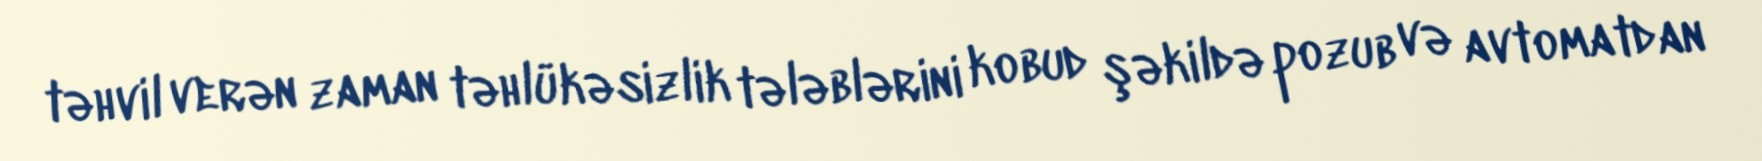
təhvil verən zaman təhlükəsizlik tələblərini kobud şəkildə pozub və avtomatdan